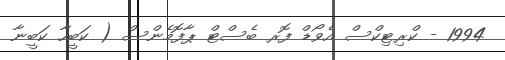
1994 - ކްރިޓިކްސް އެވޯޑް ފޮރ ބެސްޓް ޕާފޮމެންސް ( ކަބީހާ ކަބީނާ